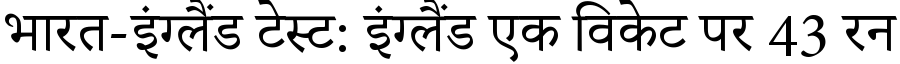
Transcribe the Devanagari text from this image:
भारत-इंग्लैंड टेस्ट: इंग्लैंड एक विकेट पर 43 रन